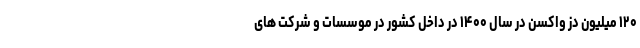
۱۲۰ میلیون دز واکسن در سال ۱۴۰۰ در داخل کشور در موسسات و شرکت های